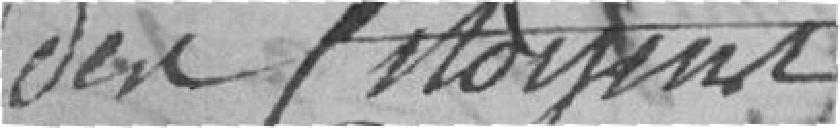
des citoyens